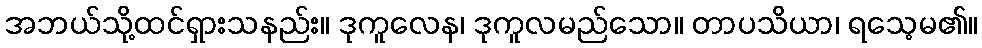
အဘယ်သို့ထင်ရှားသနည်း။ ဒုကူလေန၊ ဒုကူလမည်သော။ တာပသိယာ၊ ရသေ့မ၏။